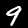
Digit: 9